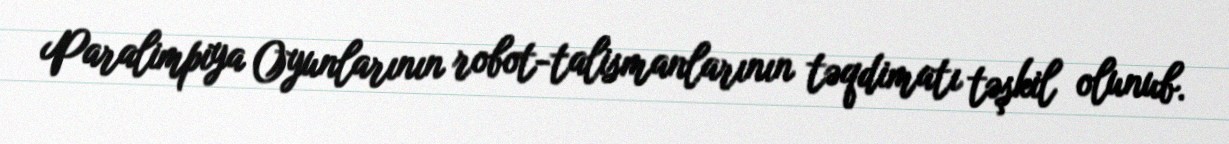
Paralimpiya Oyunlarının robot-talismanlarının təqdimatı təşkil olunub.